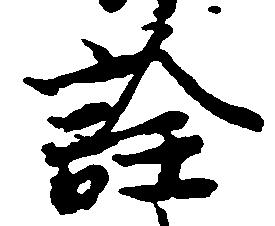
詮